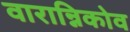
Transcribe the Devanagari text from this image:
वारान्निकोव